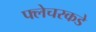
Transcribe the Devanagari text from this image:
फ्लेचरकडे